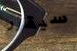
سيقرر